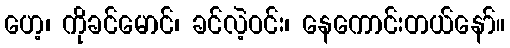
ဟေ့၊ ကိုခင်မောင်၊ ခင်လဲ့ဝင်း၊ နေကောင်းတယ်နော်။